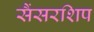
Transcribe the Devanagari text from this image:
सैंसरशिप